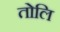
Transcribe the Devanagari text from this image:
तोलि